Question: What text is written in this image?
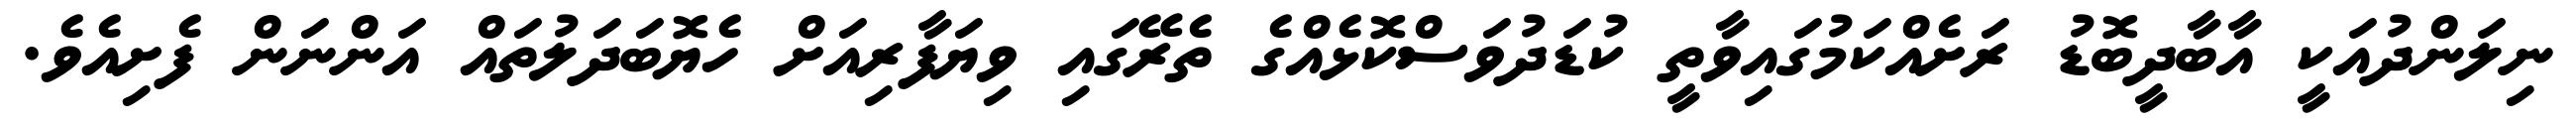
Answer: ނިލަންދުއަކީ އާބާދީބޮޑު ރަށެއްކަމުގައިވާތީ ކުޑަދުވަސްކޮޅެއްގެ ތެރޭގައި ވިޔަފާރިއަށް ހެޔޮބަދަލުތައް އަންނަން ފެށިއެވެ.